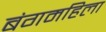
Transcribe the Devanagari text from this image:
बंगमहिला